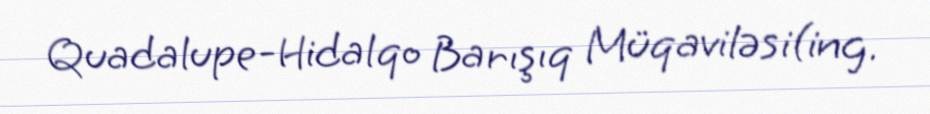
Quadalupe-Hidalqo Barışıq Müqaviləsi(ing.